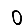
Digit: 0